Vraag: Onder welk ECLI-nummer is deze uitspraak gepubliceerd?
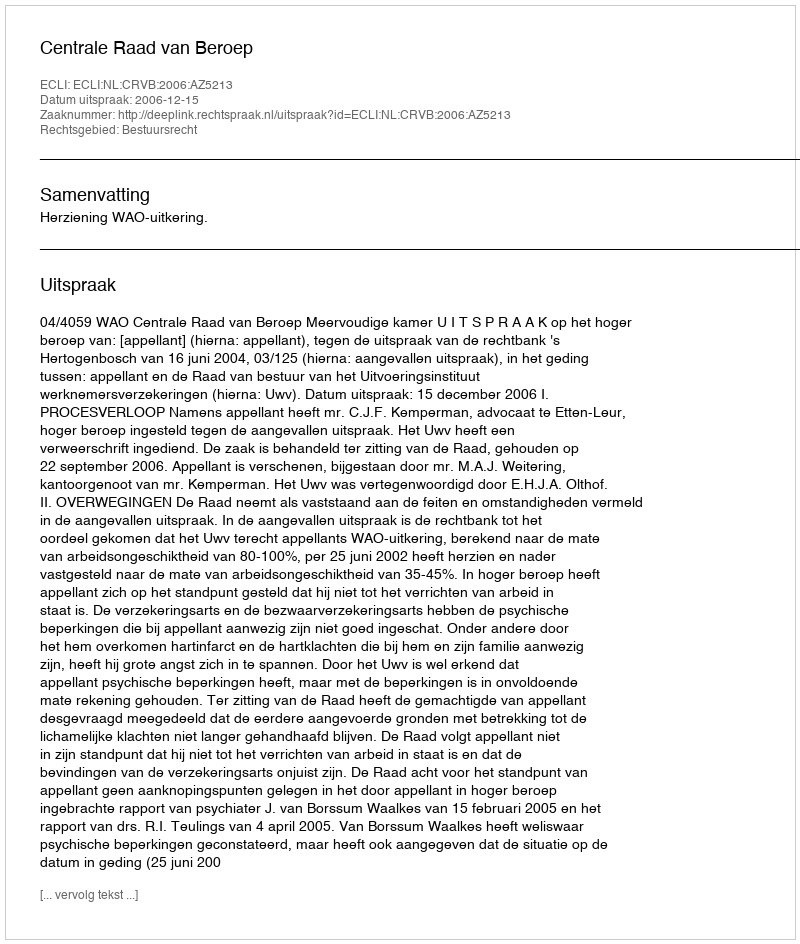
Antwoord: ECLI:NL:CRVB:2006:AZ5213